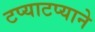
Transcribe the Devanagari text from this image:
टप्याटप्याने